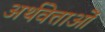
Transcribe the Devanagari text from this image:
अर्थवेत्ताओं